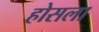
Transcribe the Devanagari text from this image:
होसला